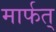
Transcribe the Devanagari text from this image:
मार्फत्‌